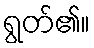
ရွတ်၏။